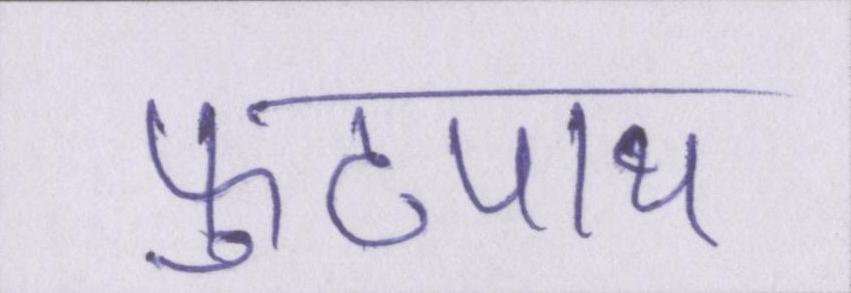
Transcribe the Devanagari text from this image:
फुटपाथ